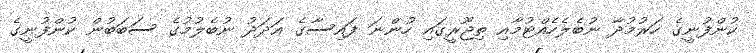
ކުންފުނީގެ ހަރުމުދާ ނުބެލެހެއްޓުމާއި ތިޖޫރީގައި ހުންނަ ފައިސާގެ އަދަދު ނުބެލުމުގެ ސަބަބުން ކުންފުނީގެ